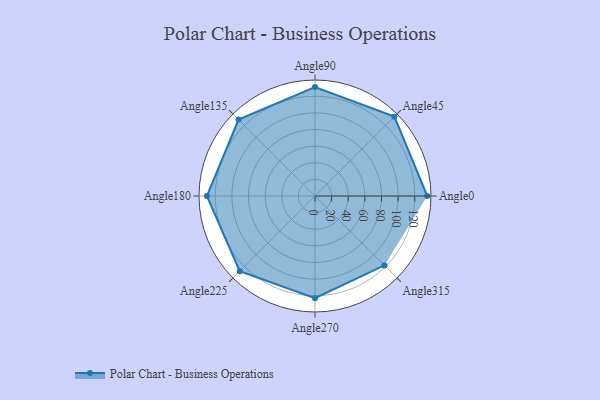
{"axis": {"x": "Angle", "y": "Radius"}, "legend": [""], "data": [{"x": "Angle0", "y": 135.0, "type": ""}, {"x": "Angle45", "y": 135.0, "type": ""}, {"x": "Angle90", "y": 131.0, "type": ""}, {"x": "Angle135", "y": 130.0, "type": ""}, {"x": "Angle180", "y": 130.0, "type": ""}, {"x": "Angle225", "y": 128.0, "type": ""}, {"x": "Angle270", "y": 123.0, "type": ""}, {"x": "Angle315", "y": 118.0, "type": ""}]}